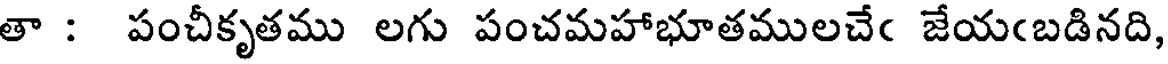
తా : పంచీకృతము లగు పంచమహాభూతములచేఁ జేయఁబడినది,